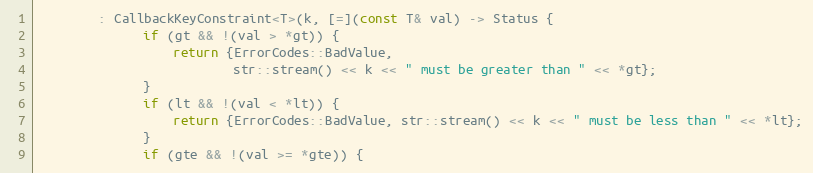
Language: C
        : CallbackKeyConstraint<T>(k, [=](const T& val) -> Status {
              if (gt && !(val > *gt)) {
                  return {ErrorCodes::BadValue,
                          str::stream() << k << " must be greater than " << *gt};
              }
              if (lt && !(val < *lt)) {
                  return {ErrorCodes::BadValue, str::stream() << k << " must be less than " << *lt};
              }
              if (gte && !(val >= *gte)) {